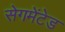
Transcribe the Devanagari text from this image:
सेगमेंटेड